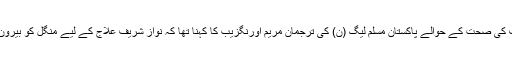
میاں محمد نواز شریف کی صحت کے حوالے پاکستان مسلم لیگ (ن) کی ترجمان مریم اورنگزیب کا کہنا تھا کہ نواز شریف علاج کے لیے منگل کو بیرون ملک روانہ ہوں گے۔